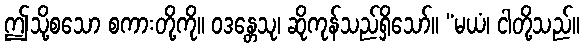
ဤသို့စသော စကားတို့ကို။ ဝဒန္တေသု၊ ဆိုကုန်သည်ရှိသော်။ “မယံ၊ ငါတို့သည်။